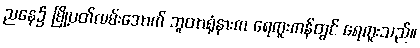
ညနေ၌ မြို့ပတ်လမ်းအောက် ဘူတာရုံနားက ရေကူးကန်တွင် ရေကူးသည်။